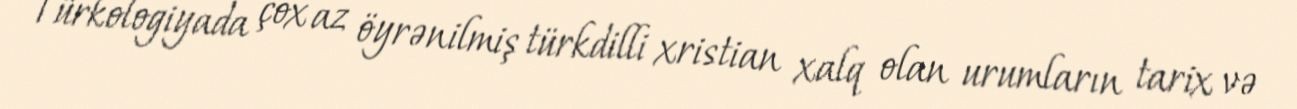
Türkologiyada çox az öyrənilmiş türkdilli xristian xalq olan urumların tarix və